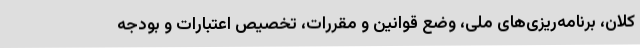
کلان، برنامه‌ریزی‌های ملی، وضع قوانین و مقررات، تخصیص اعتبارات و بودجه